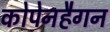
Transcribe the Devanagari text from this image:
कोपेनहैगन